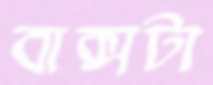
বাক্সটা